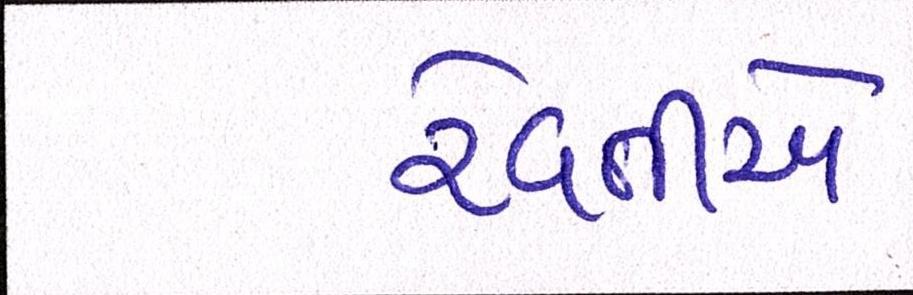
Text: રેવતીએ